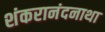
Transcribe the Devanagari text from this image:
शंकरानंदनाथा